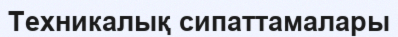
Техникалық сипаттамалары